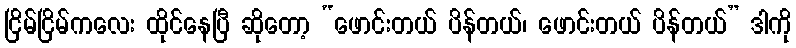
ငြိမ်ငြိမ်ကလေး ထိုင်နေပြီ ဆိုတော့ “ဖောင်းတယ် ပိန်တယ်၊ ဖောင်းတယ် ပိန်တယ်” ဒါကို